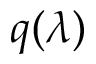
q ( \lambda )